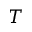
T